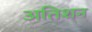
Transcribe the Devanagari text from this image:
अतिशन